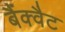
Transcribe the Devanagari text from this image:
बैंक्वैट